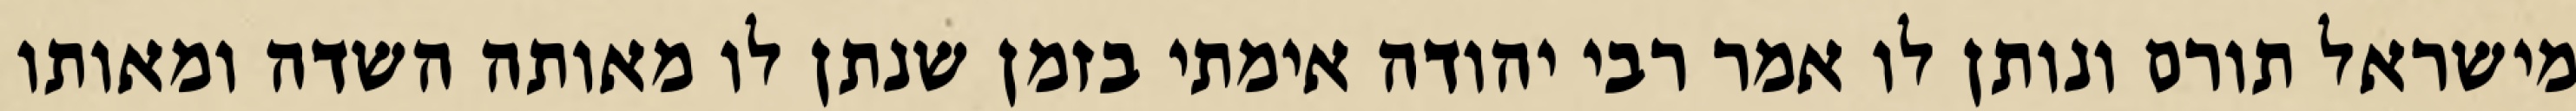
מישראל תורם ונותן לו אמר רבי יהודה אימתי בזמן שנתן לו מאותה השדה ומאותו